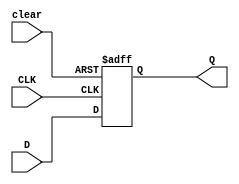
module DFF_async_clear (
    input D,
    input clear,
    input CLK,
    output reg Q
);

always @ (posedge CLK or posedge clear)
begin
    if (clear)
        Q <= 1'b0;
    else
        Q <= D;
end

endmodule